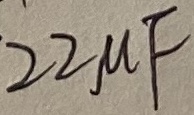
Text: 22µF